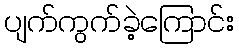
ပျက်ကွက်ခဲ့ကြောင်း